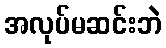
အလုပ်မဆင်းဘဲ